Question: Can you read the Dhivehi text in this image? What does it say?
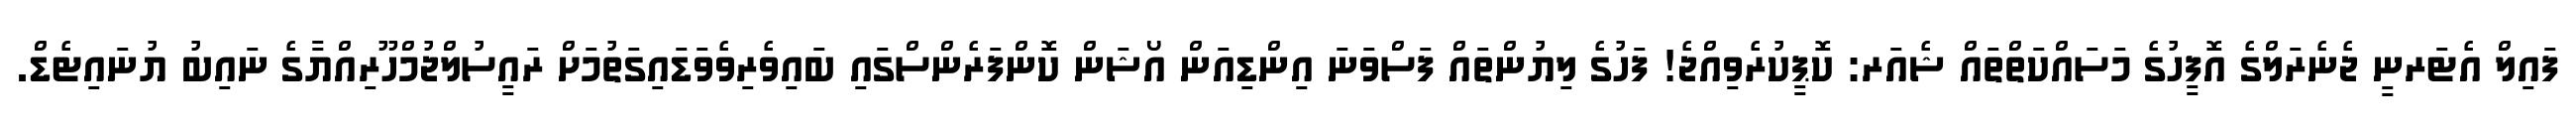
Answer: ފައިލް އެޓަރނީ ޖެނެރަލްގެ އޮފީހުގެ މަސައްކަތްތައް ޝެއަރ: ކޮޕީކުރެވިއްޖެ! ފަހުގެ ލިޔުންތައް ފަސްވަނަ އިންޑިއަން އޯޝަން ކޮންފަރެންސްގައި ބައިވެރިވެވަޑައިގަތުމަށް ރައީސުލްޖުމްހޫރިއްޔާގެ ނައިބު ޔުނައިޓެޑް.